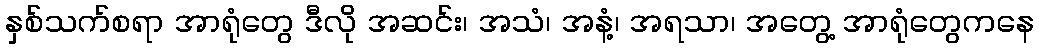
နှစ်သက်စရာ အာရုံတွေ ဒီလို အဆင်း၊ အသံ၊ အနံ့၊ အရသာ၊ အတွေ့ အာရုံတွေကနေ